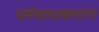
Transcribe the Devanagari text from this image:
धर्मशास्त्रकारांना